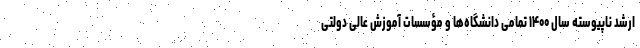
ارشد ناپیوسته سال ۱۴۰۰ تمامی دانشگاه‌ها و مؤسسات آموزش عالی دولتی